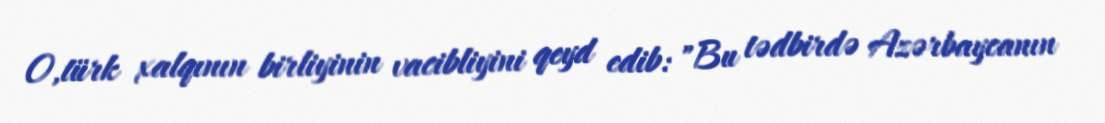
O,türk xalqının birliyinin vacibliyini qeyd edib: "Bu tədbirdə Azərbaycanın